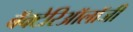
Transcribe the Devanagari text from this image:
बॅक्टेरिऑलॉजी